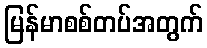
မြန်မာစစ်တပ်အတွက်